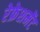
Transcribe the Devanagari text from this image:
रेफ्रेशमेंट